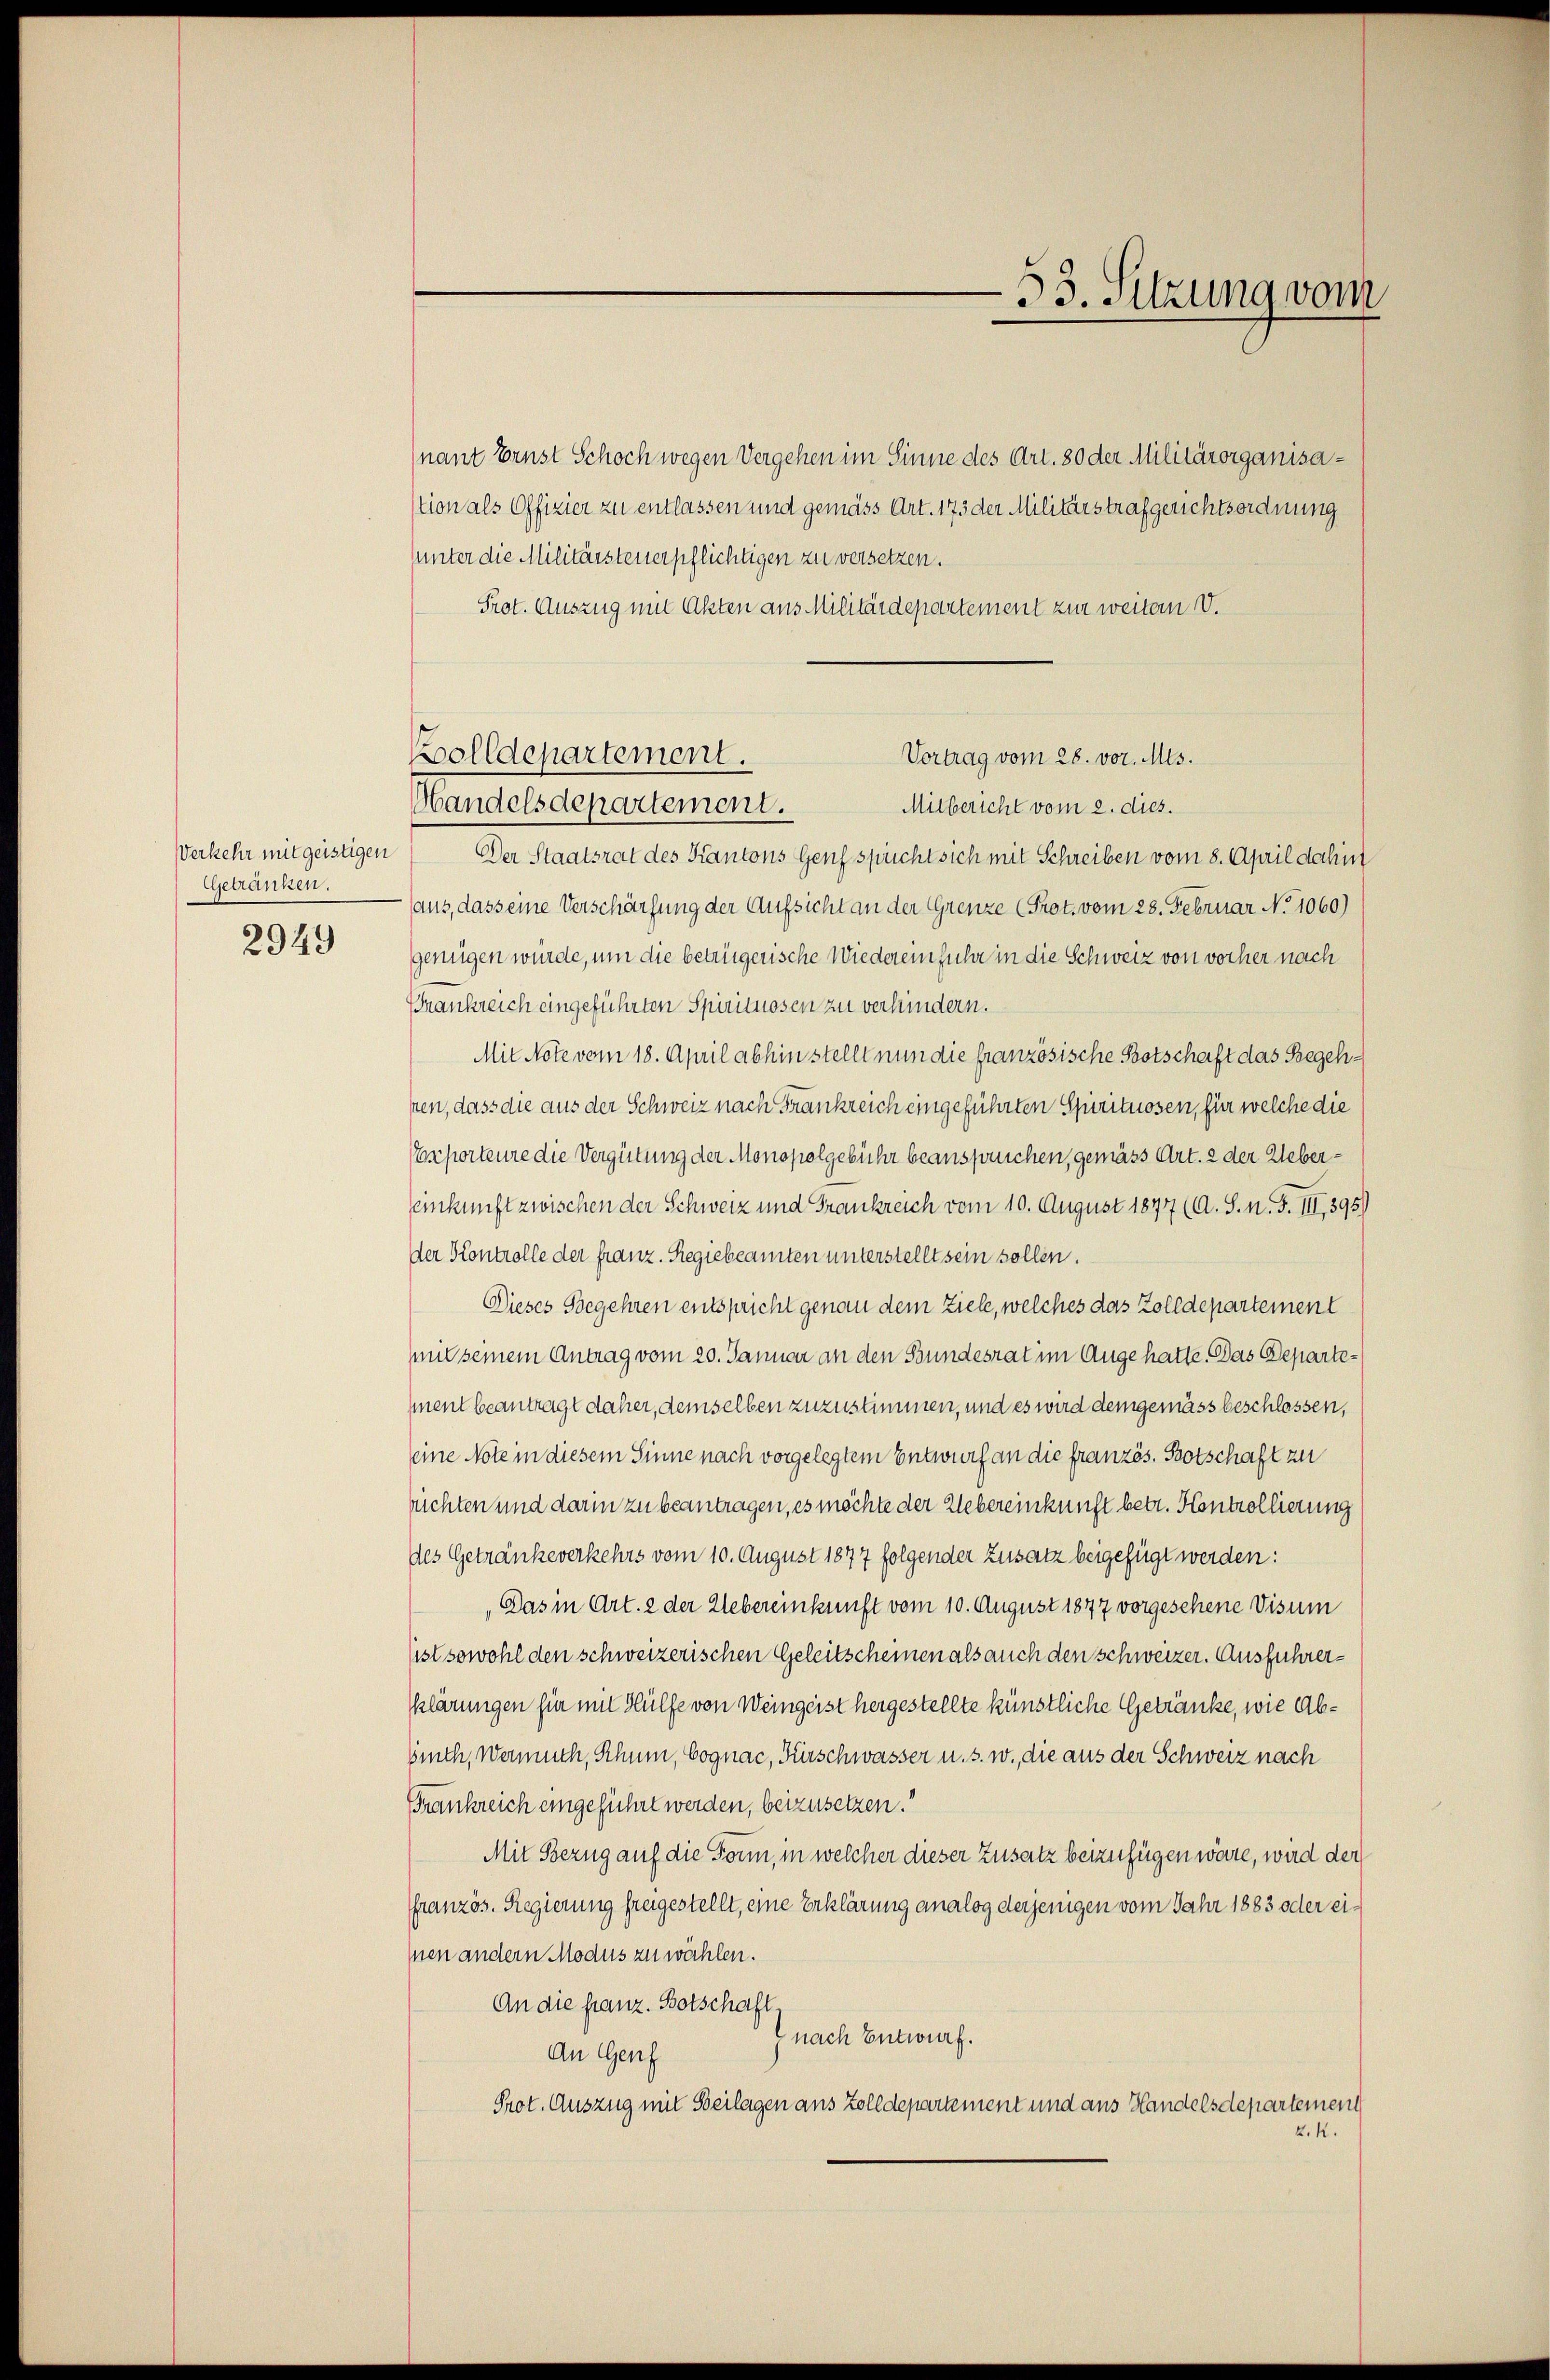
Verkehr mit geistigen
Ggetranken.
2949

nant Ernst Schoch wegen Vergehen im Sinne des Art. 80 der Militärorganisastion als Offizier zu entlassen und gemäss Art. 173 der Militärstrafgerichtsordnung
unter die Militärsteuerpflichtigen zu versetzen.
Prot. Auszug mit Akten aus Militärdepartement zur weitern V.
Bolldepartement.
Mandelsdepartement.
Mitbericht vom 2. dies.
Der Staatsrat des Kantons Genf spricht sich mit Schreiben vom 8. April dahin
aus, dass eine Verschärfung der Aufsicht an der Grenze (Prot. vom 28. Februar No 1060)
genügen würde, um die betrügerische Wiedereinführe in die Schweiz von vorher nach
Frankreich eingeführten Spirituosen zu verhindern.
Mit Note vom 18. April abhin stellt nun die französische Botschaft das Begehsen, dass die aus der Schweiz nach Frankreich eingeführten Spirituosen, für welche die
sporteure die Vergütung der Monopolgebühr beanspruchen, gemäss Art. 2 der Uebereinkunft zwischen der Schweiz und Frankreich vom 10. August 1877 (A. S. n. F. III., 395)
der Kontrolle der franz. Regiebeamten unterstellt sein sollen.
Dieses Begehren entspricht genau dem Ziele, welches das Zolldepartement
mit seinem Antrag vom 20. Januar an den Bundesrat im Auge hatte. Das Departement beantragt daher, demselben zuzustimmen, und es wird demgemäss beschlossen,
eine Note in diesem Sinne nach vorgelegtem Entwurf an die französ. Botschaft zu
rüchten und darin zu beantragen, es möchte der Uebereinkunft betr. Kontrollierung
des Getränkeverkehrs vom 10. August 1877 folgender Zusatz beigefügt werden:
Das in Art. 2 der Uebereinkunft vom 10. August 1877 vorgesehene Visum
sist sowohl den schweizerischen Geleitscheinen als auch den Schweizer. Ausführerklärungen für mit Hülfe von Weingeist hergestellte künstliche Getränke, wie Abbruch, wenn ich, Schnee, Cognac, Fürschwasser u. s. w., die aus der Schweiz nach
Frankreich eingeführt werden, beizusetzen.
Mit Bezug auf die Form, in welcher dieser Zusatz beizufügen wäre, wird der
ffranzös. Regierung freigestellt, eine Erklärung analog derjenigen vom Jahr 1883 oder ei¬
Inen andern Modus zu wählen.
An die franz. Botschaft,
z nach Entwurf.
An Genf
Prot. Auszug mit Beilagen aus Zolldepartement und aus Handelsdepartement
2.K.

Vortrag vom 28. vor. Mts.

53. Sitzung vom